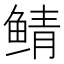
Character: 鲭